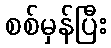
စစ်မှန်ပြီး